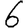
Digit: 6